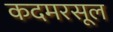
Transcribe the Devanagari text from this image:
कदमरसूल